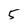
Character: 5